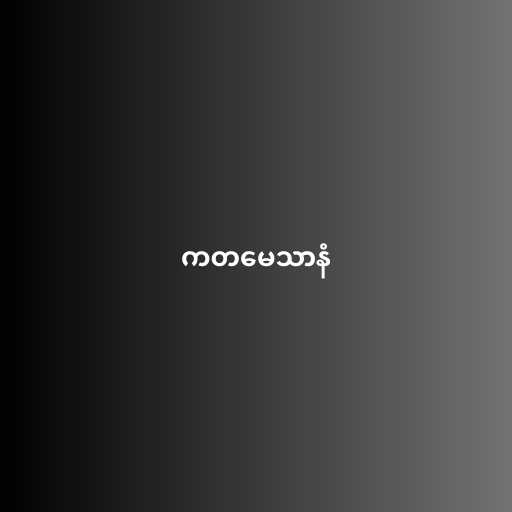
ကတမေသာနံ